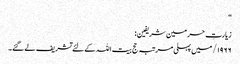
“
زیارتِ حرمین شریفین:
۱۹۶۶/ میں پہلی مرتبہ حج بیت اللہ کے لئے تشریف لے گئے۔